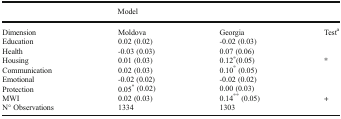
<table><thead><tr><td></td><td colspan="3"><b>Model</b></td></tr></thead><tbody><tr><td>Dimension</td><td>Moldova</td><td>Georgia</td><td>Test<sup>a</sup></td></tr><tr><td>Education</td><td>0.02 (0.02)</td><td>-0.02 (0.03)</td><td></td></tr><tr><td>Health</td><td>-0.03 (0.03)</td><td>0.07 (0.06)</td><td></td></tr><tr><td>Housing</td><td>0.01 (0.03)</td><td>0.12<sup>*</sup>(0.05)</td><td>*</td></tr><tr><td>Communication</td><td>0.02 (0.03)</td><td>0.10<sup>*</sup> (0.05)</td><td></td></tr><tr><td>Emotional</td><td>-0.02 (0.02)</td><td>-0.02 (0.02)</td><td></td></tr><tr><td>Protection</td><td>0.05<sup>*</sup> (0.02)</td><td>0.00 (0.03)</td><td></td></tr><tr><td>MWI</td><td>0.02 (0.03)</td><td>0.14<sup>**</sup> (0.05)</td><td>+</td></tr><tr><td>N° Observations</td><td>1334</td><td>1303</td><td></td></tr></tbody></table>